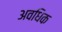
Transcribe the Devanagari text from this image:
अवधिक